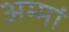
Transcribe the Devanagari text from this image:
अम्मां